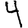
Digit: 4